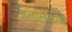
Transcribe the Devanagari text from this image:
जलालनगर